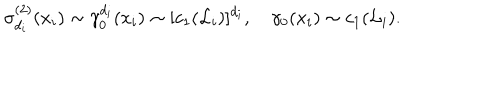
LaTeX: \sigma _ { d _ { i } } ^ { ( 2 ) } ( x _ { i } ) \sim \gamma _ { 0 } ^ { d _ { i } } ( x _ { i } ) \sim [ c _ { 1 } ( { \cal L } _ { i } ) ] ^ { d _ { i } } , \quad \gamma _ { 0 } ( x _ { i } ) \sim c _ { 1 } ( { \cal L } _ { i } ) .